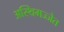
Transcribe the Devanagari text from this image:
अस्थिमज्जेत